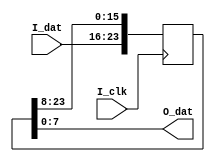

//
// ***********************************************************************
//     ____     ___      |       |
//    /        /   \     |____   |____
//   |        |     |    |    |  |    |
//    \____    \___/     |____|  |____|

//  COPYRIGHT        :  COBB.PENG 
//  URL              :  www..com
//  TEMPLATE VERSION :  V00
//
//
//  FileName         :   
//  ModuleName       :   
//  HardWare Version :   
//  Software Version :   
//  Verilog  Version :  verilog 2001 
//  Target Devices   :   
//  Description      :      
//
//   ____________________________________________________
//  |          |           |   
//  | Version  |  Designer |  Update 
//  |----------|-----------|-----------------------------
//  |  00      |  CobbPeng | File Created. 
//  |----------|-----------|-----------------------------
//  |          |           | 
// ------------------------------------------------------------



module  latency_module #(
parameter 		DATA_WIDTH 			= 8	, 	
parameter 		LATENCY_VECTOR  	= 3     
)(
input 							I_clk   ,
input 	[DATA_WIDTH-1:0]		I_dat 	,
output 	[DATA_WIDTH-1:0]		O_dat 
);
// **********************************************************************
reg [LATENCY_VECTOR*DATA_WIDTH-1:0] dat_reg ;
always @(posedge I_clk) 	
	dat_reg <= {I_dat,dat_reg[LATENCY_VECTOR*DATA_WIDTH-1:DATA_WIDTH]};
assign 	O_dat = dat_reg[DATA_WIDTH-1:0] ;
endmodule 



/*

latency_module #(
		.DATA_WIDTH 			(VIDEO_DATA_WIDTH	), 	//	
		.LATENCY_VECTOR  		(3										)   
)latency_pr1(
		.I_clk   				(I_clk									),
		.I_dat 					(mult_dat[24]							),
		.O_dat 					(mult_r1								)
);	



*/